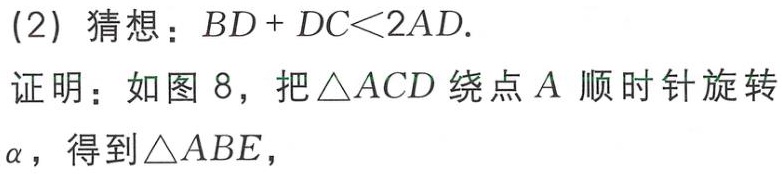
(2) 猜想：\(BD + DC<2AD\).
证明：如图 8，把\(\triangle ACD\)绕点\(A\)顺时针旋转\(\alpha\)，得到\(\triangle ABE\)，